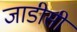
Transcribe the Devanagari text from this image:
जाडीसी